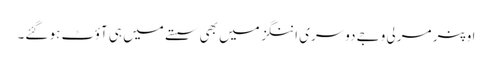
اوپنر مرلی وجے دوسری اننگز میں بھی سستے میں ہی آؤٹ ہو گئے۔